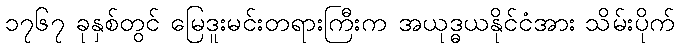
၁၇၆၇ ခုနှစ်တွင် မြေဒူးမင်းတရားကြီးက အယုဒ္ဓယနိုင်ငံအား သိမ်းပိုက်